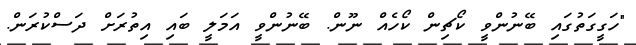
"ހަގީގަތުގައި ބޭނުންވީ ކޯޗިން ކޯހެއް ނޫން. ބޭނުންވީ އަމަލީ ބައި އިތުރަށް ދަސްކުރަން.